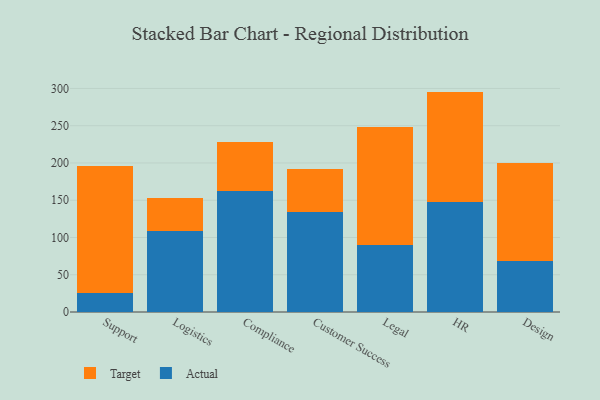
{"axis": {"x": "Department", "y": "Backlog"}, "legend": ["Actual", "Target"], "data": [{"x": "Support", "y": 25.5, "type": "Actual"}, {"x": "Support", "y": 169.8, "type": "Target"}, {"x": "Logistics", "y": 108.4, "type": "Actual"}, {"x": "Logistics", "y": 44.7, "type": "Target"}, {"x": "Compliance", "y": 162.7, "type": "Actual"}, {"x": "Compliance", "y": 65.4, "type": "Target"}, {"x": "Customer Success", "y": 134.1, "type": "Actual"}, {"x": "Customer Success", "y": 57.8, "type": "Target"}, {"x": "Legal", "y": 89.8, "type": "Actual"}, {"x": "Legal", "y": 158.3, "type": "Target"}, {"x": "HR", "y": 148.2, "type": "Actual"}, {"x": "HR", "y": 147.6, "type": "Target"}, {"x": "Design", "y": 68.2, "type": "Actual"}, {"x": "Design", "y": 131.4, "type": "Target"}]}